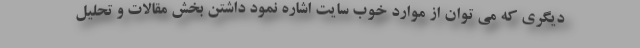
ديگري كه مي توان از موارد خوب سايت اشاره نمود داشتن بخش مقالات و تحليل